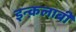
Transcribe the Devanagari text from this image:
इन्क़लाबी